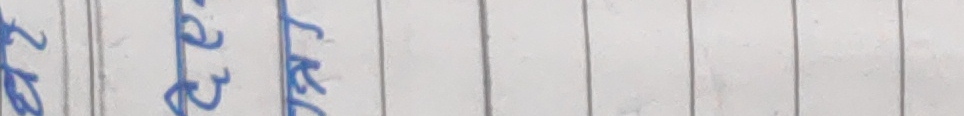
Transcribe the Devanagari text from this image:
रु २२ रि